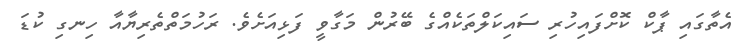
އެތާގައި ޕާކް ކޮށްފައިހުރި ސައިކަލްތަކެއްގެ ބޭރުން މަގާވީ ފަޅިއަށެވެ. ރަހުމަތްތެރިޔާއާ ހިނގި ކުޑަ